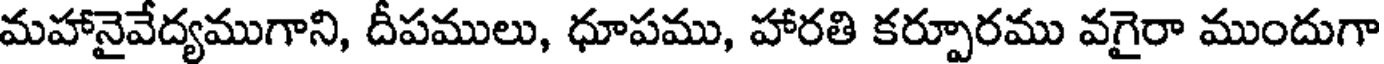
మహానైవేద్యముగాని, దీపములు, ధూపము, హారతి కర్పూరము వగైరా ముందుగా